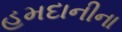
હમદાનીના